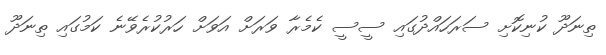
ތިނަދޫ ކުނިކޮށި ސަރަހައްދުގައި ސީސީ ކެމެރާ ވަރަށް އަވަށް ހަރުކުރެވޭނެ ކަމުގައި ތިނަދޫ